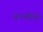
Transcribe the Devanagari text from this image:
वननीती